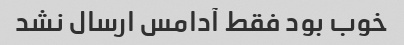
خوب بود فقط آدامس ارسال نشد